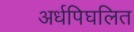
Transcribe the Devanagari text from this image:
अर्धपिघलित